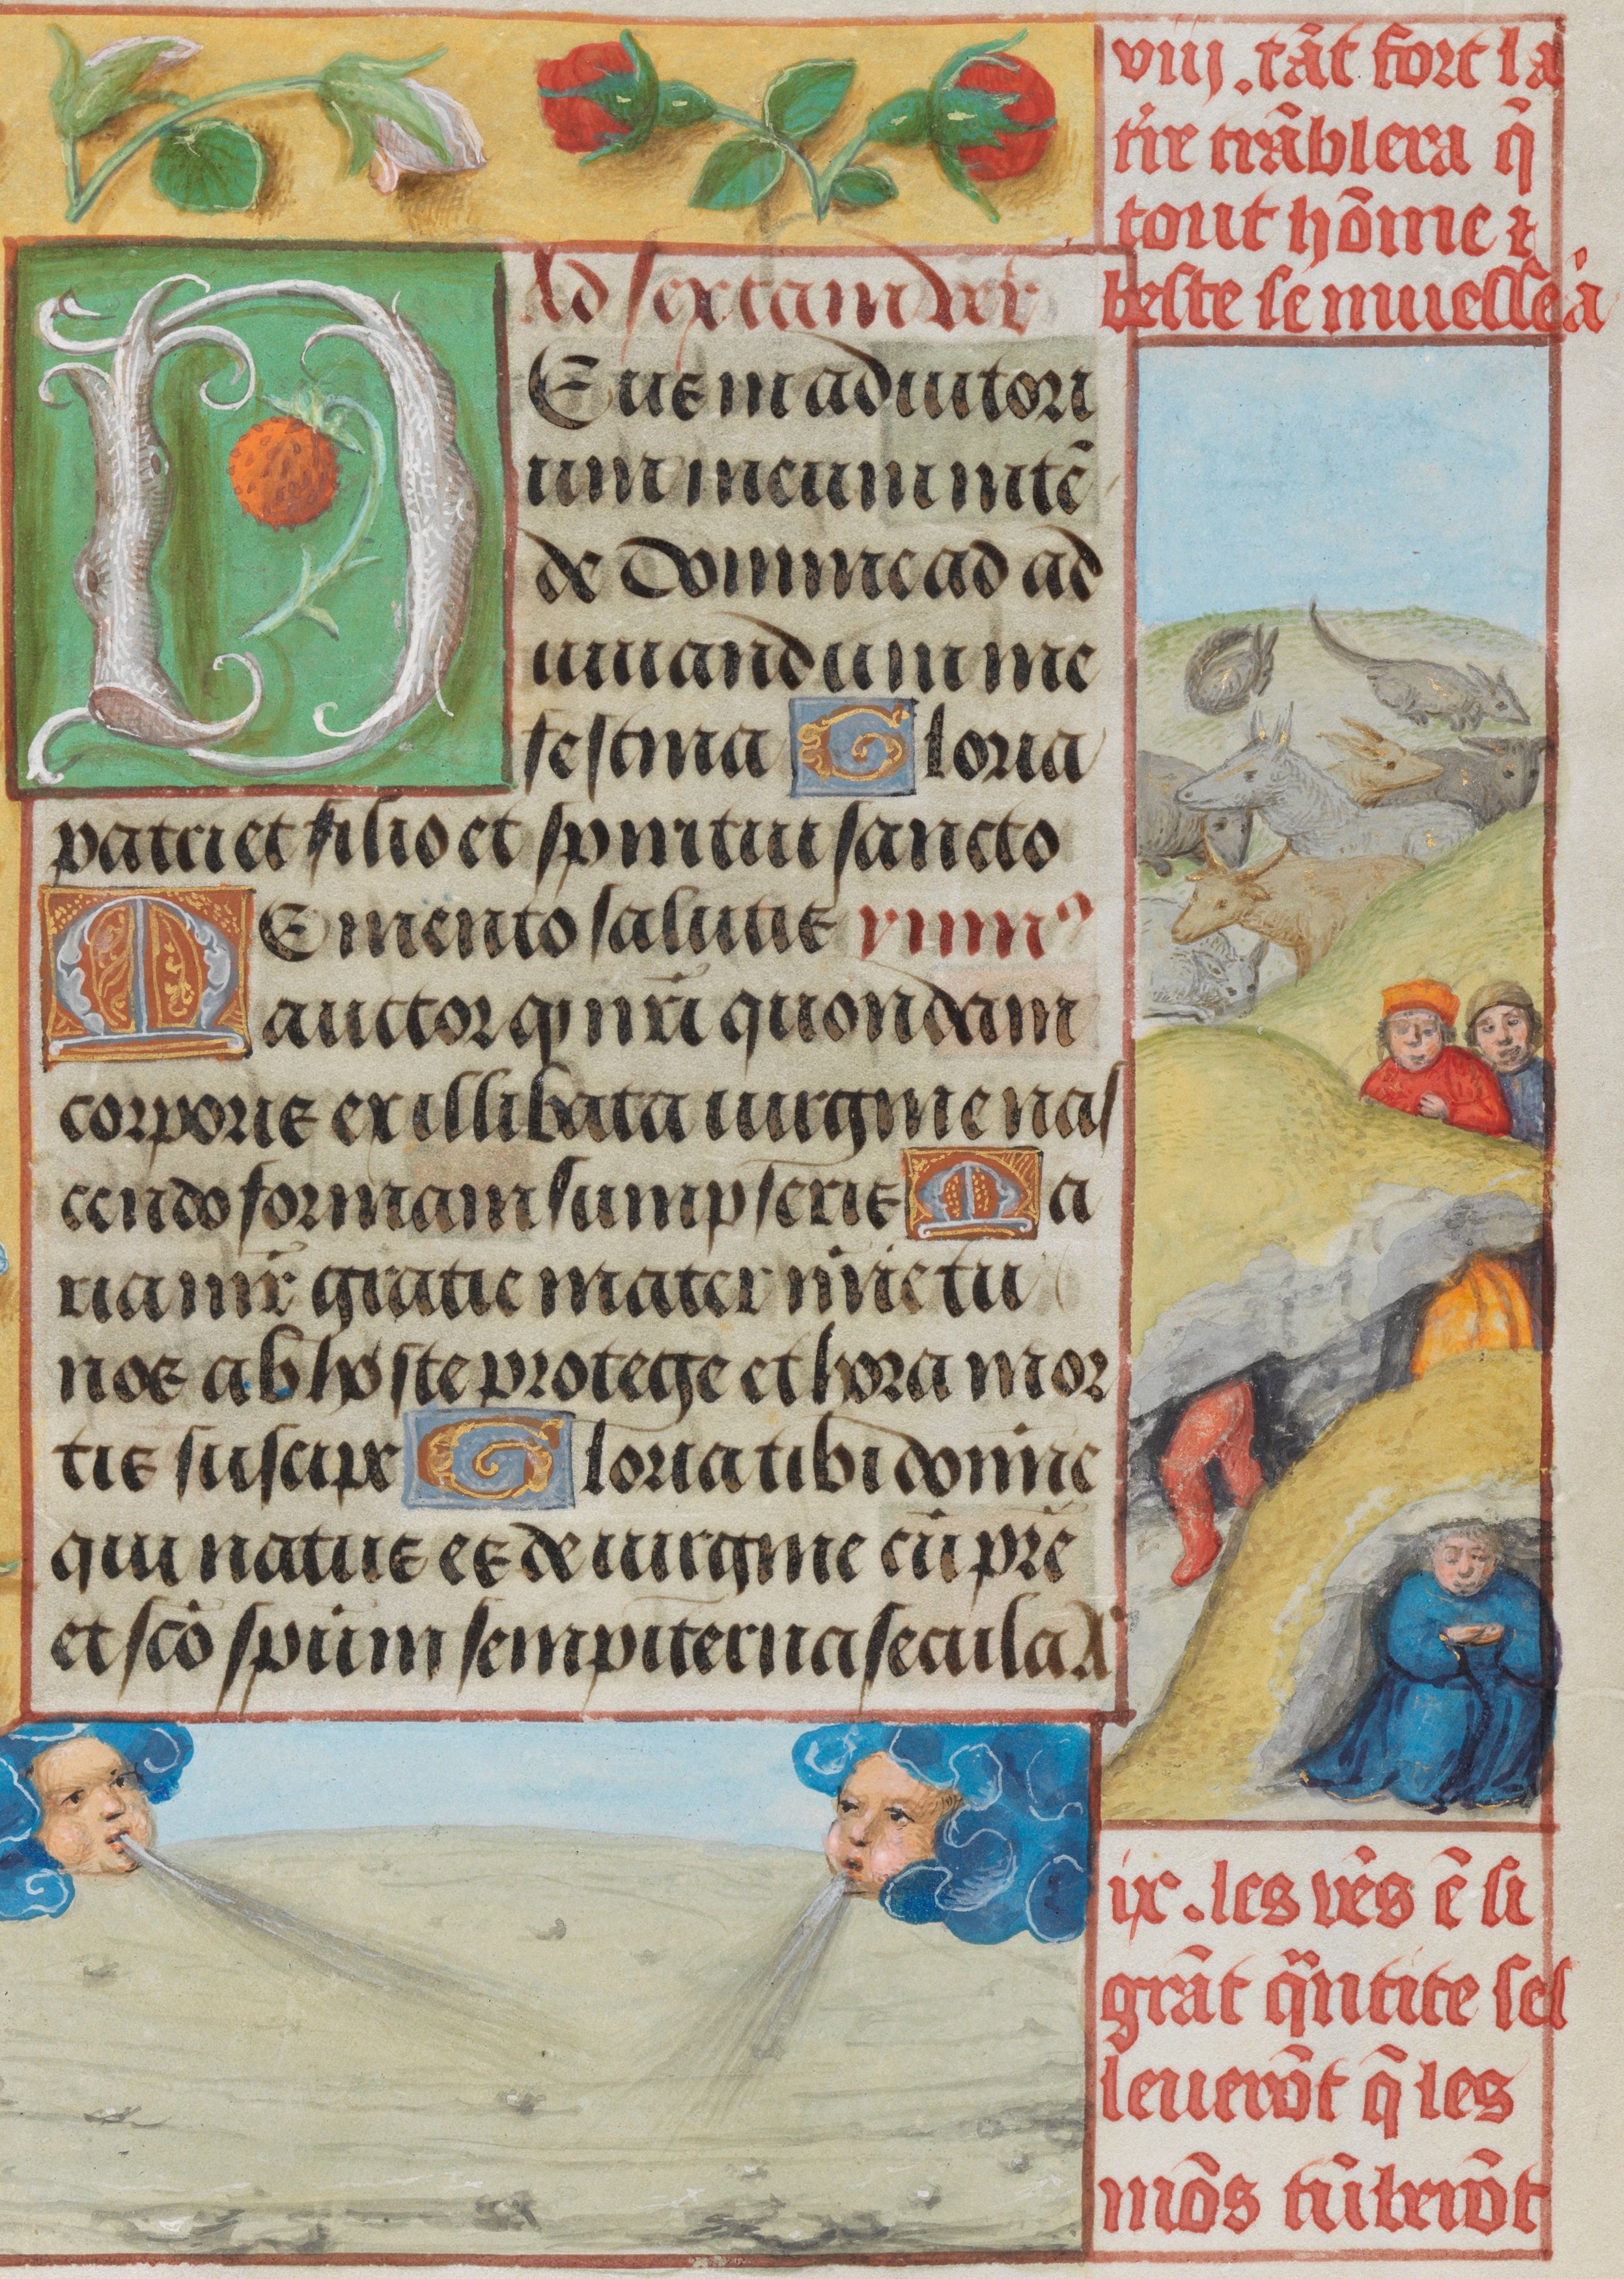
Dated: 1485–1515